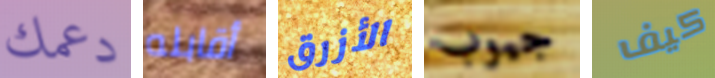
دعمك أقابله الأزرق جيوب كيف